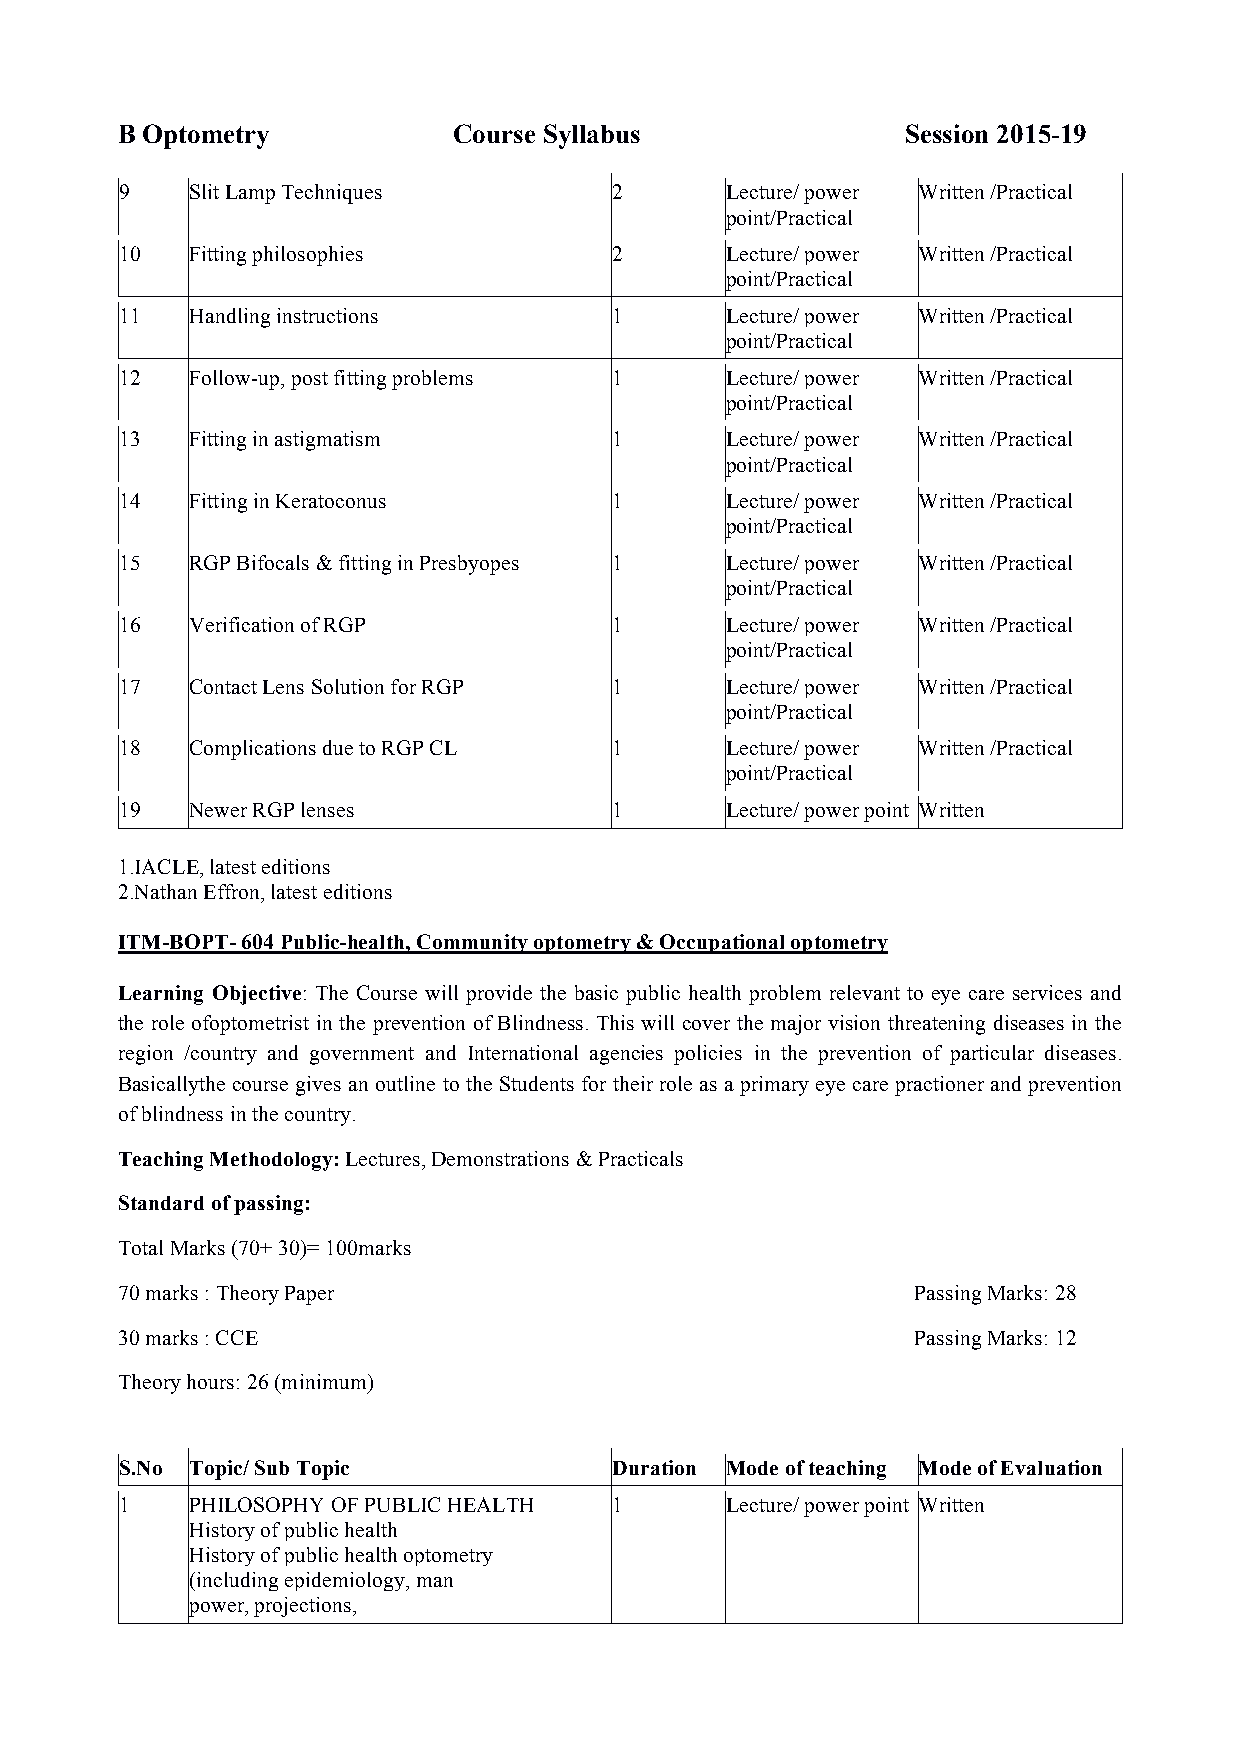
B Optometry           Course Syllabus               Session 2015-19
 9    Slit Lamp Techniques        2      Lecture/ power Written /Practical
 point/Practical
 10   Fitting philosophies        2      Lecture/ power Written /Practical
 point/Practical
 11   Handling instructions       1      Lecture/ power Written /Practical
 point/Practical
 12   Follow-up, post fitting problems 1 Lecture/ power Written /Practical
 point/Practical
 13   Fitting in astigmatism      1      Lecture/ power Written /Practical
 point/Practical
 14   Fitting in Keratoconus      1      Lecture/ power Written /Practical
 point/Practical
 15   RGP Bifocals & fitting in Presbyopes 1 Lecture/ power Written /Practical
 point/Practical
 16   Verification of RGP         1      Lecture/ power Written /Practical
 point/Practical
 17   Contact Lens Solution for RGP 1    Lecture/ power Written /Practical
 point/Practical
 18   Complications due to RGP CL 1      Lecture/ power Written /Practical
 point/Practical
 19   Newer RGP lenses            1      Lecture/ power point Written
 1.IACLE, latest editions
 2.Nathan Effron, latest editions
 ITM-BOPT- 604 Public-health, Community optometry & Occupational optometry
 Learning Objective: The Course will provide the basic public health problem relevant to eye care services and
 the role ofoptometrist in the prevention of Blindness. This will cover the major vision threatening diseases in the
 region /country and government and International agencies policies in the prevention of particular diseases.
 Basicallythe course gives an outline to the Students for their role as a primary eye care practioner and prevention
 of blindness in the country.
 Teaching Methodology: Lectures, Demonstrations & Practicals
 Standard of passing:
 Total Marks (70+ 30)= 100marks
 70 marks : Theory Paper                              Passing Marks: 28
 30 marks : CCE                                       Passing Marks: 12
 Theory hours: 26 (minimum)
 S.No Topic/ Sub Topic            Duration Mode of teaching Mode of Evaluation
 1    PHILOSOPHY OF PUBLIC HEALTH 1      Lecture/ power point Written
 History of public health
 History of public health optometry
 (including epidemiology, man
 power, projections,